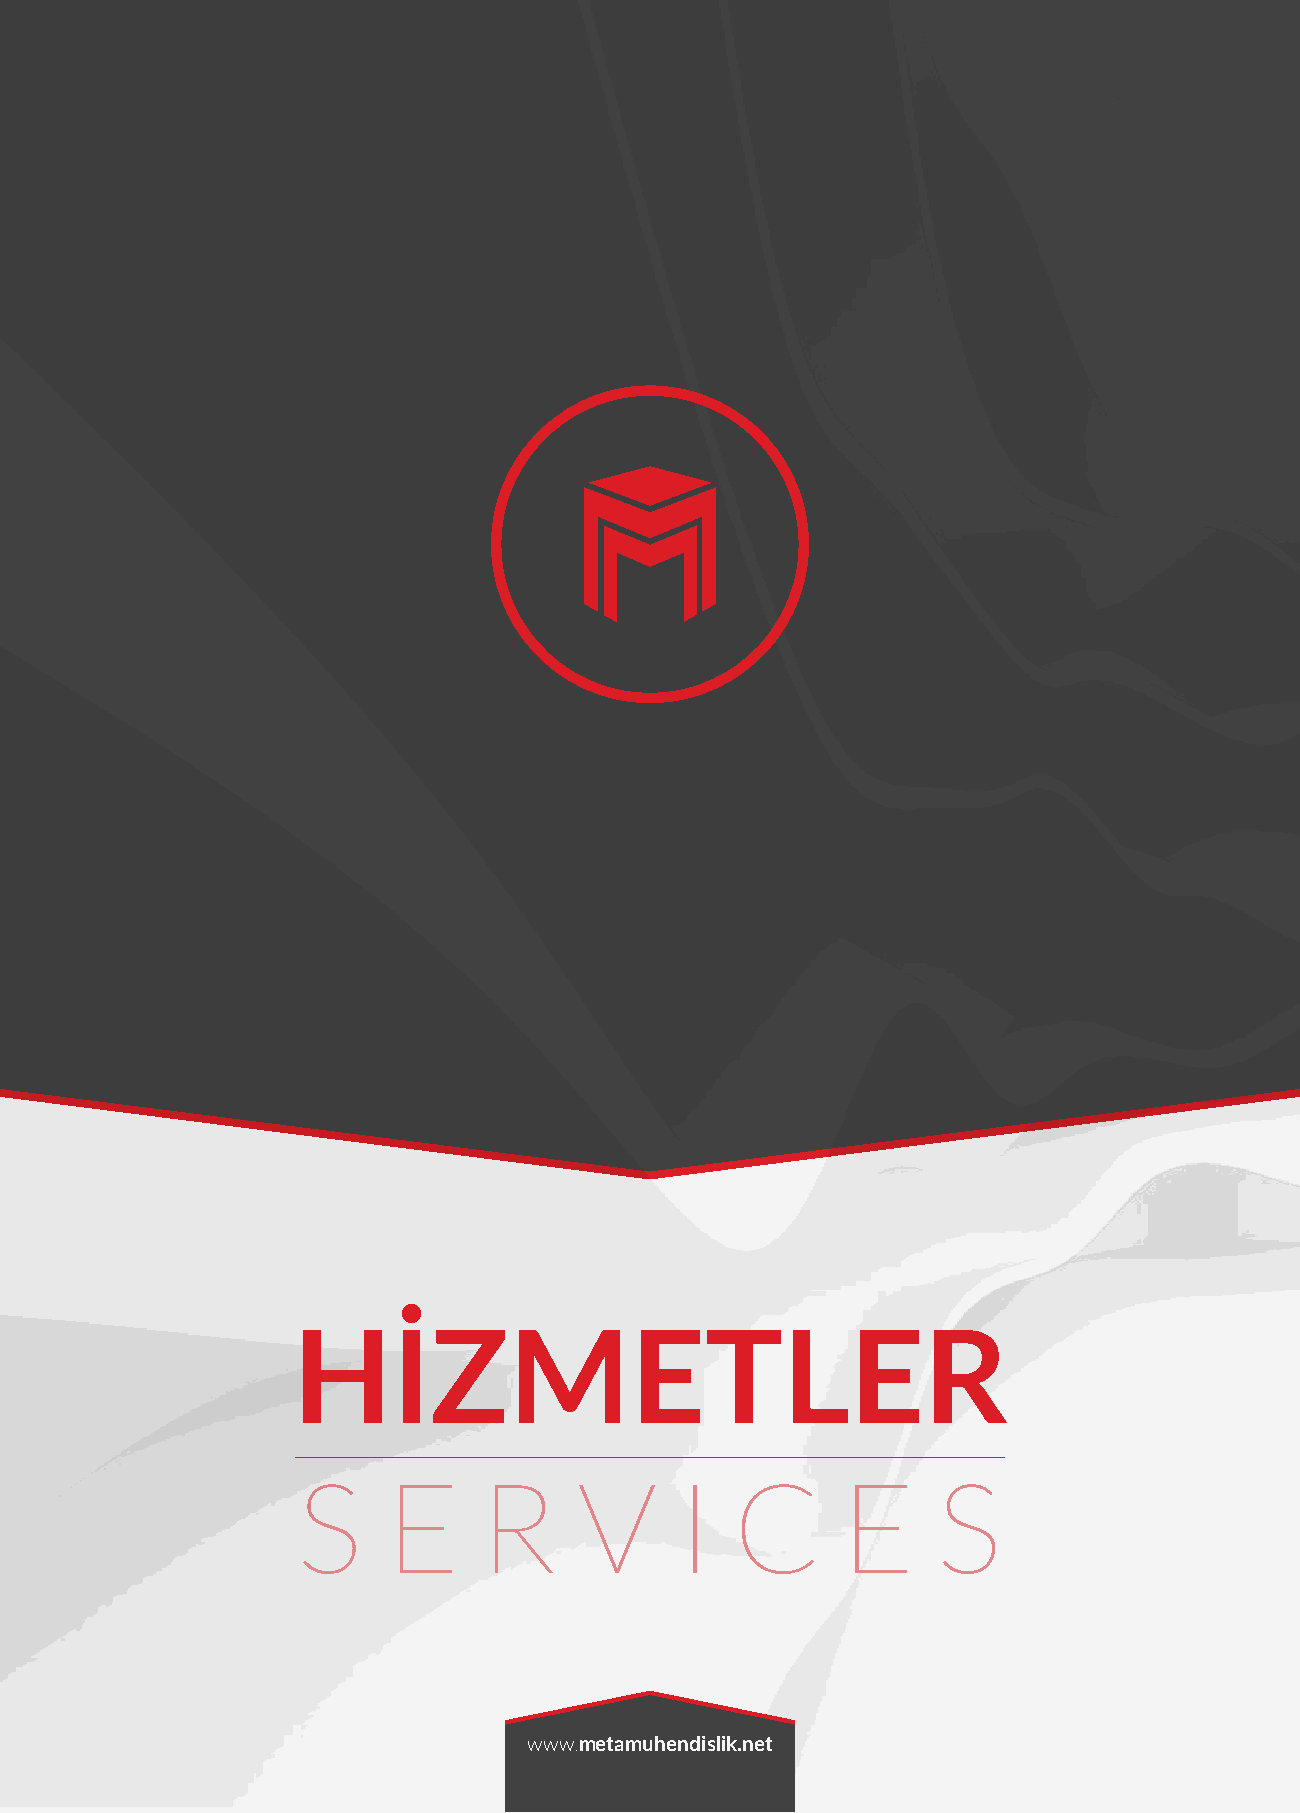
HİZMETLER
 S     E     R     V      I   C      E     S
 www.metamuhendislik.net